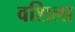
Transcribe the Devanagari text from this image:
वशिला